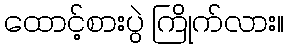
ထောင့်စားပွဲ ကြိုက်လား။